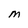
Character: M